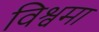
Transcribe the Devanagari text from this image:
विश्वमा